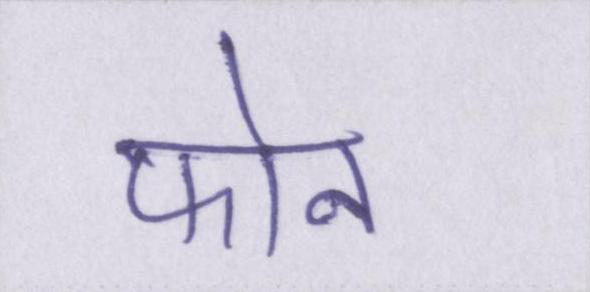
फोन